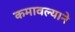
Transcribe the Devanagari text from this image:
कमावल्याने